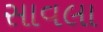
સાવલા